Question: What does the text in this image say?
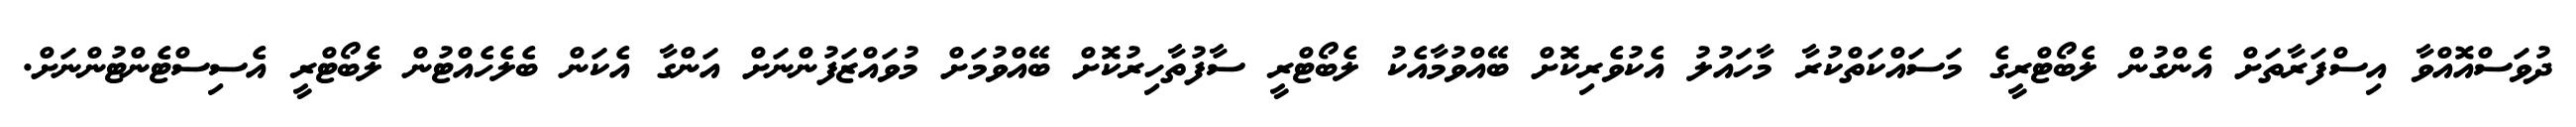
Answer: ދުވަސްއޮއްވާ އިސްފަރާތަށް އެންގުން ލެބޯޓްރީގެ މަސައްކަތްކުރާ މާހައުލު އެކުވެރިކޮށް ބޭއްވުމާއެކު ލެބޯޓްރީ ސާފުތާހިރުކޮށް ބޭއްވުމަށް މުވައްޒަފުންނަށް އަންގާ އެކަން ބެލެހެއްޓުން ލެބޯޓްރީ އެސިސްޓެންޓުންނަށް.